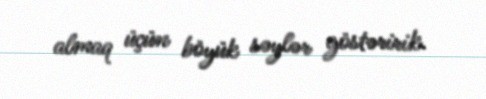
almaq üçün böyük səylər göstəririk.